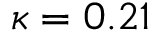
\kappa = 0 . 2 1